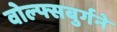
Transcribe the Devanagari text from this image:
वोल्फ्सबुर्गने